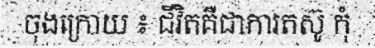
ចុងក្រោយ ៖ ជីវិតគឺជាការតស៊ូ កុំ